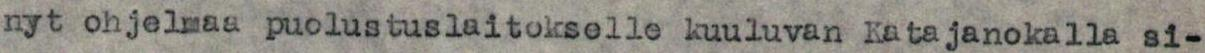
nyt ohjelmaa puolustuslaitokselle kuuluvan Katajanokalla si-